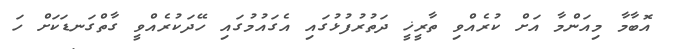
އޮބާމާ މިއަންމާ އަށް ކުރެއްވި ތާރީޚީ ދަތުރުފުޅުގައި އެގައުމުގައި ހޭދަކުރެއްވީ ގާތްގަނޑަކަށް ހަ